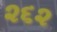
૨૬૨